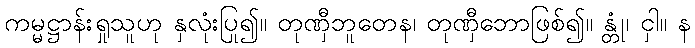
ကမ္မဋ္ဌာန်းရှုသူဟု နှလုံးပြု၍။ တုဏှီဘူတေန၊ တုဏှီဘောဖြစ်၍။ န္တုံ၊ ငှါ။ န